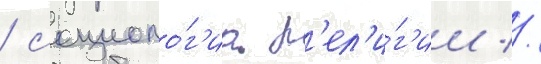
/ социоло́г'иа р'ел'и́г'ии //